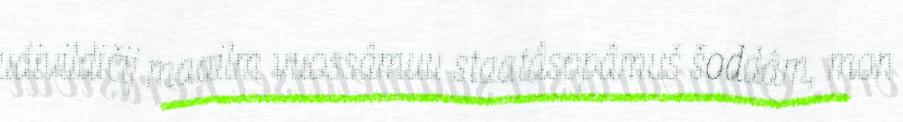
uáivildičij maailm vuossâmuu staatâsopâmuš šoddâm, mon